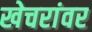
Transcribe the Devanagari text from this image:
खेचरांवर